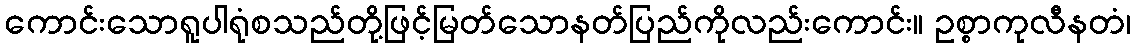
ကောင်းသောရူပါရုံစသည်တို့ဖြင့်မြတ်သောနတ်ပြည်ကိုလည်းကောင်း။ ဥစ္စာကုလီနတံ၊